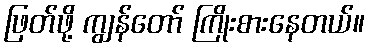
ဖြတ်ဖို့ ကျွန်တော် ကြိုးစားနေတယ်။